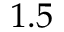
1 . 5